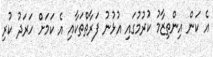
އެ ކަން އިންތިޒާމު ކުރުމުގައި އުޅުނު ފަރާތްތަކާއި އެ ކަމަށް ހަރަދު ކުރި